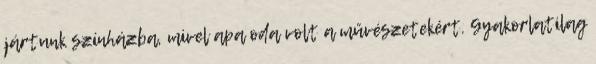
jártunk színházba, mivel apa oda volt a művészetekért. Gyakorlatilag